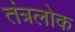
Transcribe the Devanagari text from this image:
तंत्रलोक